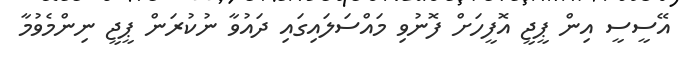
އޭސީސީ އިން ޕީޖީ އޮފީހަށް ފޮނުވި މައްސަލައިގައި ދައުވާ ނުކުރަން ޕީޖީ ނިންމެވުމާ